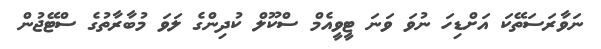
ނަވާރަސަތޭކަ އަށްޑިހަ ނުވަ ވަނަ ޓީވީއެމް ސްކޫލް ކުދިންގެ ލަވަ މުބާރާތުގެ ސްޓޭޖުން